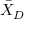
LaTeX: { \bar { X } } _ { D }